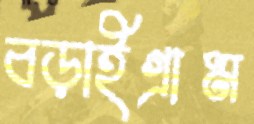
বড়াইগ্রাম